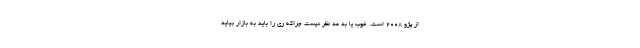
از پژو 2008 است. خوب یا بد مد نظر نیست چراکه ری را باید به بازار بیاید